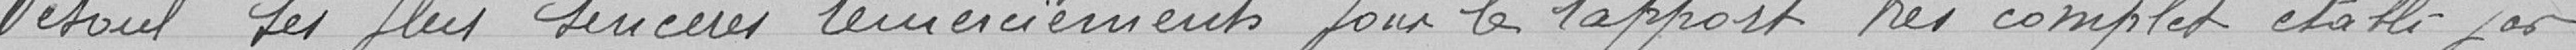
Vesoul ses plus sincères remerciements pour le rapport très complet établi par